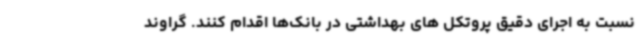
نسبت به اجرای دقیق پروتکل های بهداشتی در بانک‌ها اقدام کنند. گراوند